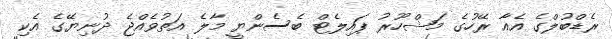
ރެޑްބުލްގެ އެއާ ރޭހުގެ މަޝްހޫރު ޕައިލެޓް ބެސެންޔީ މާލެ އަތުވެއްޖެ ދުނިޔޭގެ އެކި